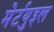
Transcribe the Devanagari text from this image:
मेर्टयुइल